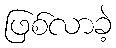
ဖြစ်လာခဲ့